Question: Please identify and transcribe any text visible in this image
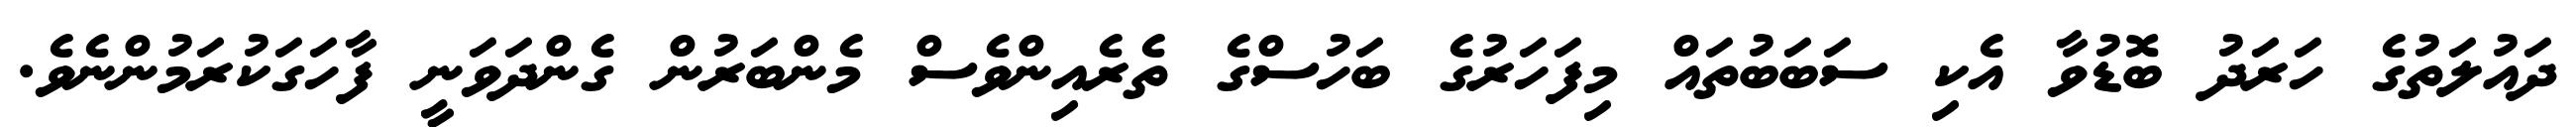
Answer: ދައުލަތުގެ ހަރަދު ބޮޑުވާ އެކި ސަބަބުތައް މިފަހަރުގެ ބަހުސްގެ ތެރެއިންވެސް މެންބަރުން ގެންދަވަނީ ފާހަގަކުރަމުންނެވެ.